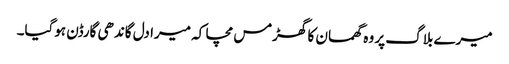
میرے بلاگ پر وہ گھمسان کا گھڑمس مچا کہ میرا دل گاندھی گارڈن ہوگیا۔